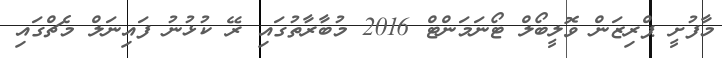
މާފުށީ ޕްރިޒަން ވޮލީބޯލް ޓޯނަމަންޓް 2016 މުބާރާތުގައި ރޭ ކުޅުނު ފައިނަލް މެޗްގައި